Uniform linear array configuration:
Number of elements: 64
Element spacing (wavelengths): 1
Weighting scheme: binomial
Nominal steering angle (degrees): -45
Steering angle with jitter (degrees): -44.065
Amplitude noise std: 0.05
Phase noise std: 0.05

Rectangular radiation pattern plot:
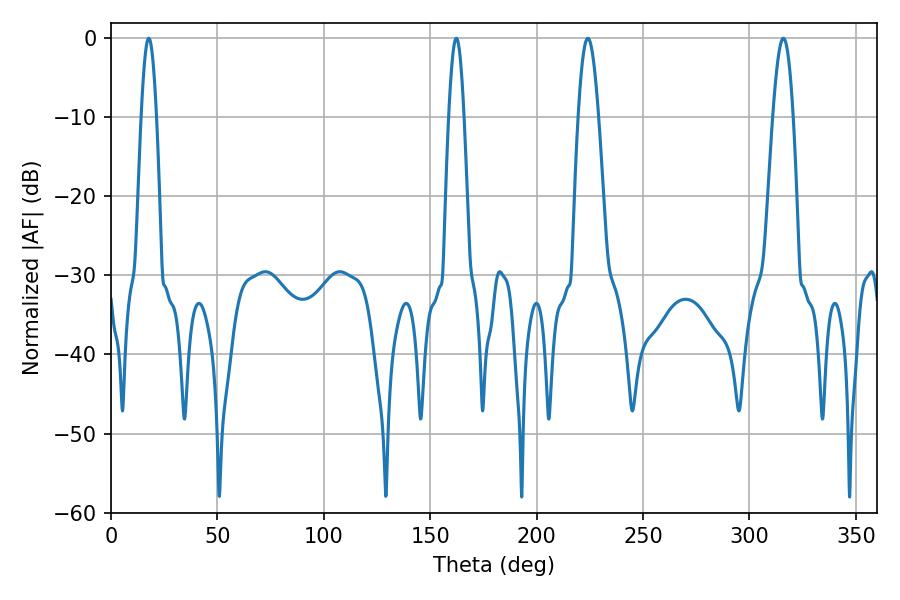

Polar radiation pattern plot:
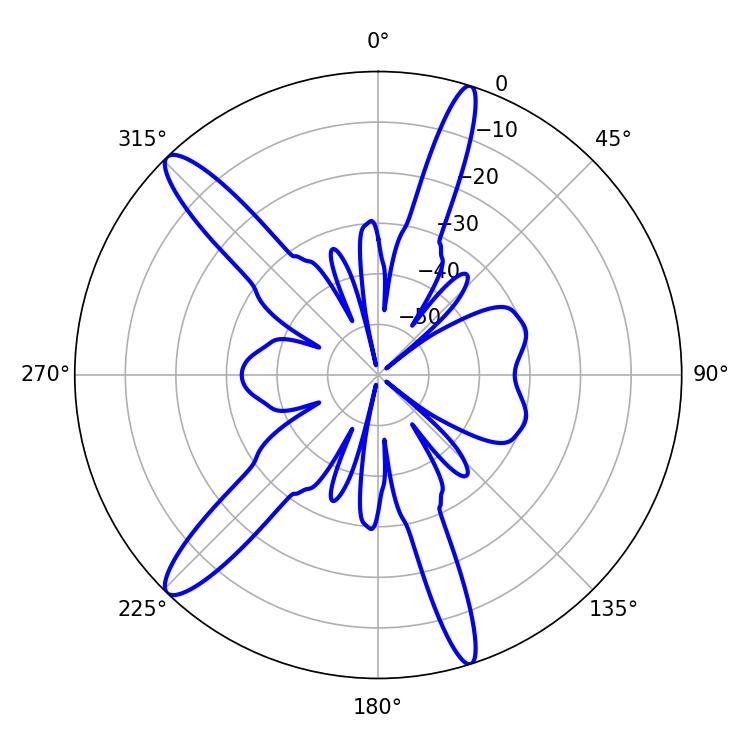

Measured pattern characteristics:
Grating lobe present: TRUE
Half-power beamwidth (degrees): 5.04
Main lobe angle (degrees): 224.1